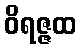
ဝိရဇ္ဇထ